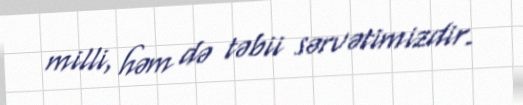
milli, həm də təbii sərvətimizdir.